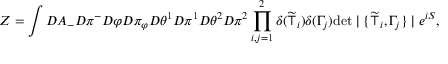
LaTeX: Z = \int { \cal D } A _ { - } { \cal D } \pi ^ { - } { \cal D } \varphi { \cal D } \pi _ { \varphi } { \cal D } \theta ^ { 1 } { \cal D } \pi ^ { 1 } { \cal D } \theta ^ { 2 } { \cal D } \pi ^ { 2 } \prod _ { i , j = 1 } ^ { 2 } \delta ( \widetilde { \top } _ { i } ) \delta ( \Gamma _ { j } ) \mathrm { d e t } \mid \{ \widetilde { \top } _ { i } , \Gamma _ { j } \} \mid e ^ { i S } ,